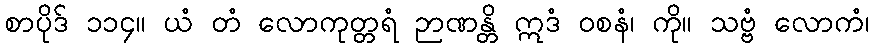
စာပိုဒ် ၁၁၄။ ယံ တံ လောကုတ္တရံ ဉာဏန္တိ ဣဒံ ဝစနံ၊ ကို။ သဗ္ဗံ လောကံ၊